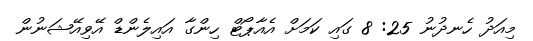
މިއަދު ހެނދުނު 25: 8 ގައި ކަމަށް އެއާޕޯޓް ހިންގާ އައިލެންޑް އޭވިއޭޝަނުން